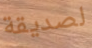
لصديقة